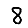
Digit: 8